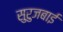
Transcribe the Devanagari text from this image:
सुरुजबाई